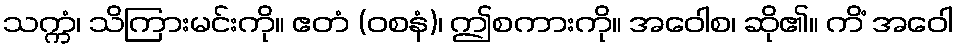
သက္ကံ၊ သိကြားမင်းကို။ ဧတံ (ဝစနံ)၊ ဤစကားကို။ အဝေါစ၊ ဆို၏။ ကိံ အဝေါ